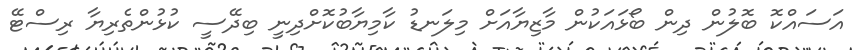
އަސައްކޮ ބޮލުން ދިން ބޯޅައަކުން މާޒިޔާއަށް މިލަނޑު ކާމިޔާބުކޮށްދިނީ ބިދޭސީ ކުޅުންތެރިޔާ ރިސްޓޭ